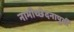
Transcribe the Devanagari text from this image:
नाभीच्छेदनापुर्वी